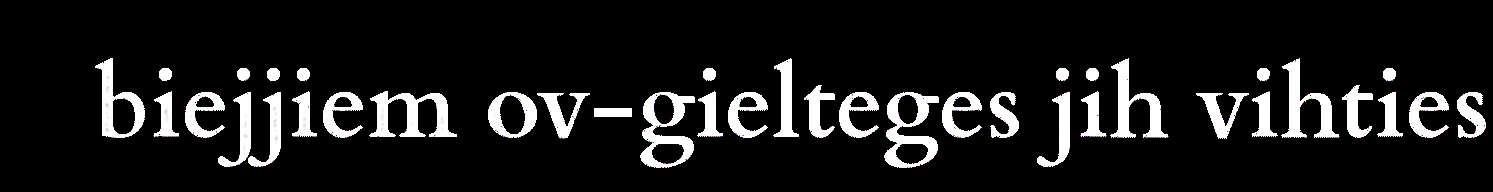
biejjiem ov-gielteges jih vihties